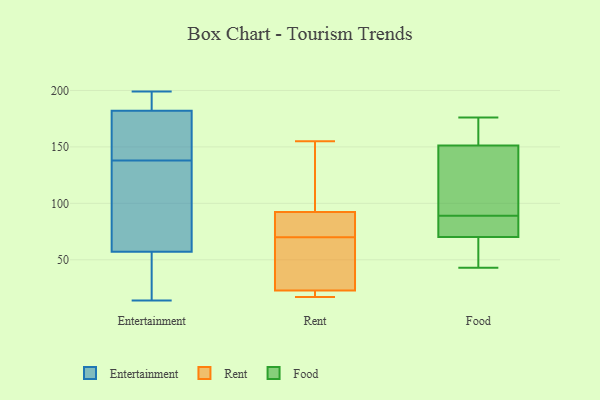
{"axis": {"x": "Backlog", "y": "Value"}, "legend": ["Entertainment", "Food", "Rent"], "data": [{"x": "", "y": 14, "type": "Entertainment"}, {"x": "", "y": 184, "type": "Entertainment"}, {"x": "", "y": 56, "type": "Entertainment"}, {"x": "", "y": 154, "type": "Entertainment"}, {"x": "", "y": 144, "type": "Entertainment"}, {"x": "", "y": 199, "type": "Entertainment"}, {"x": "", "y": 191, "type": "Entertainment"}, {"x": "", "y": 60, "type": "Entertainment"}, {"x": "", "y": 47, "type": "Entertainment"}, {"x": "", "y": 38, "type": "Entertainment"}, {"x": "", "y": 65, "type": "Entertainment"}, {"x": "", "y": 138, "type": "Entertainment"}, {"x": "", "y": 179, "type": "Entertainment"}, {"x": "", "y": 93, "type": "Entertainment"}, {"x": "", "y": 183, "type": "Entertainment"}, {"x": "", "y": 139, "type": "Rent"}, {"x": "", "y": 155, "type": "Rent"}, {"x": "", "y": 99, "type": "Rent"}, {"x": "", "y": 74, "type": "Rent"}, {"x": "", "y": 22, "type": "Rent"}, {"x": "", "y": 36, "type": "Rent"}, {"x": "", "y": 70, "type": "Rent"}, {"x": "", "y": 90, "type": "Rent"}, {"x": "", "y": 72, "type": "Rent"}, {"x": "", "y": 66, "type": "Rent"}, {"x": "", "y": 21, "type": "Rent"}, {"x": "", "y": 23, "type": "Rent"}, {"x": "", "y": 17, "type": "Rent"}, {"x": "", "y": 156, "type": "Food"}, {"x": "", "y": 176, "type": "Food"}, {"x": "", "y": 77, "type": "Food"}, {"x": "", "y": 134, "type": "Food"}, {"x": "", "y": 74, "type": "Food"}, {"x": "", "y": 158, "type": "Food"}, {"x": "", "y": 69, "type": "Food"}, {"x": "", "y": 43, "type": "Food"}, {"x": "", "y": 89, "type": "Food"}, {"x": "", "y": 137, "type": "Food"}, {"x": "", "y": 58, "type": "Food"}]}